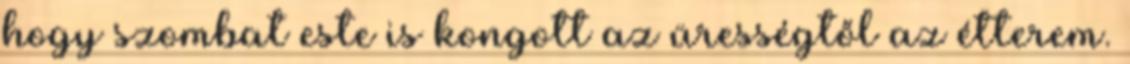
hogy szombat este is kongott az ürességtől az étterem.